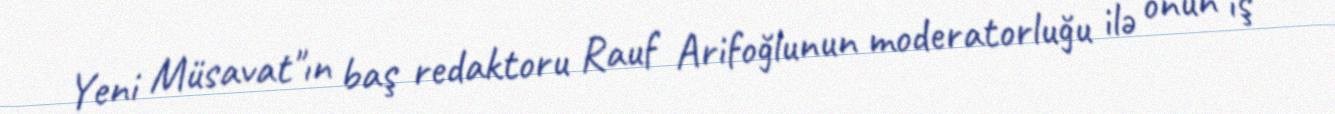
Yeni Müsavat"ın baş redaktoru Rauf Arifoğlunun moderatorluğu ilə onun iş